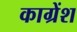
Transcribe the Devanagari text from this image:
काग्रेंश